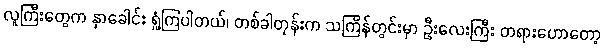
လူကြီးတွေက နှာခေါင်း ရှုံ့ကြပါတယ်၊ တစ်ခါတုန်းက သင်္ကြန်တွင်းမှာ ဦးလေးကြီး တရားဟောတော့